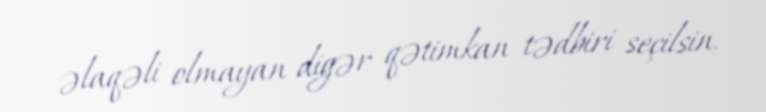
əlaqəli olmayan digər qətimkan tədbiri seçilsin.